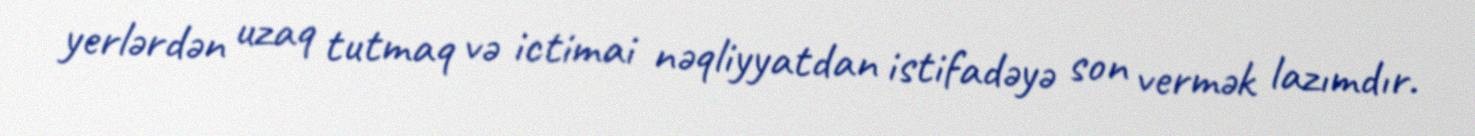
yerlərdən uzaq tutmaq və ictimai nəqliyyatdan istifadəyə son vermək lazımdır.